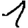
Digit: 1